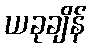
ယခုချိန်